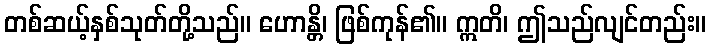
တစ်ဆယ့်နှစ်သုတ်တို့သည်။ ဟောန္တိ၊ ဖြစ်ကုန်၏။ ဣတိ၊ ဤသည်လျင်တည်း။